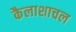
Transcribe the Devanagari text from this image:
कैलाशाचल